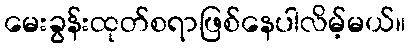
မေးခွန်းထုတ်စရာဖြစ်နေပါလိမ့်မယ်။